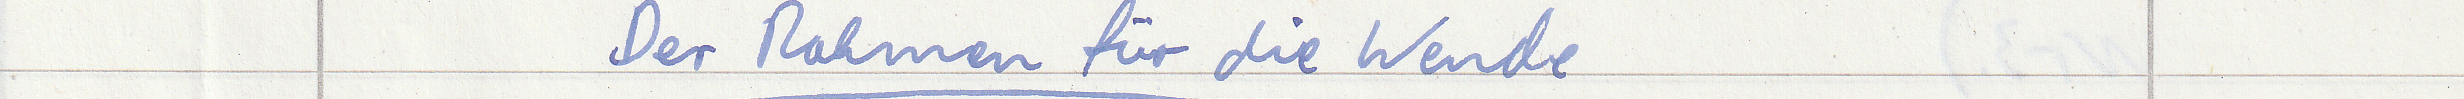
Der Rahmen für die Wende